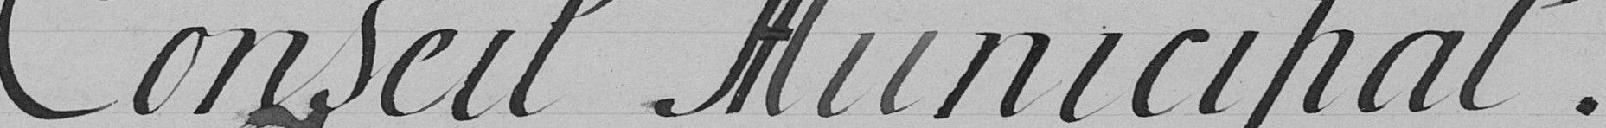
Conseil Municipal.